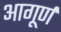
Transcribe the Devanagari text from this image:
आगूर्ण